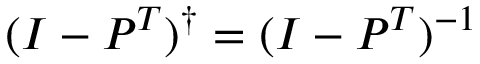
( I - P ^ { T } ) ^ { \dag } = ( I - P ^ { T } ) ^ { - 1 }